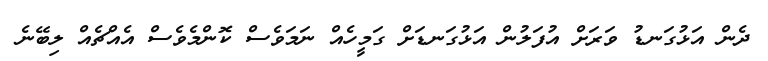
ދެން އަޅުގަނޑު ވަރަށް އުފަލުން އަޅުގަނޑަށް ގަމީހެއް ނަމަވެސް ކޮންމެވެސް އެއްޗެއް ލިބޭނެ